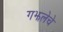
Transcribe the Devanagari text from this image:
गझलेचे